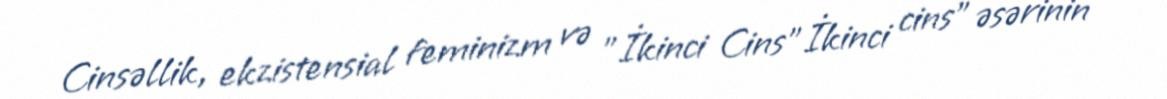
Cinsəllik, ekzistensial feminizm və "İkinci Cins"İkinci cins" əsərinin